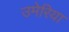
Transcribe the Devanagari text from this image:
उमेरिया